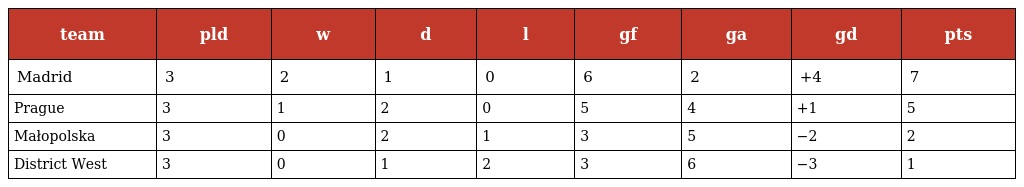
| team | pld | w | d | l | gf | ga | gd | pts |
 | --- | --- | --- | --- | --- | --- | --- | --- | --- |
 | Madrid | 3 | 2 | 1 | 0 | 6 | 2 | +4 | 7 |
 | Prague | 3 | 1 | 2 | 0 | 5 | 4 | +1 | 5 |
 | Małopolska | 3 | 0 | 2 | 1 | 3 | 5 | −2 | 2 |
 | District West | 3 | 0 | 1 | 2 | 3 | 6 | −3 | 1 |